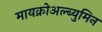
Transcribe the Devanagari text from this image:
मायक्रोअल्ब्युमिन